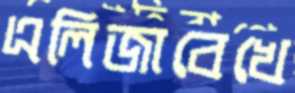
এলিজাবেখে